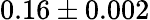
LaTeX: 0.16\pm 0.002